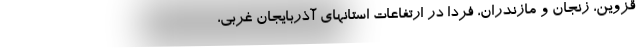
قزوین، زنجان و مازندران، فردا در ارتفاعات استانهای آذربایجان غربی،